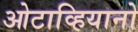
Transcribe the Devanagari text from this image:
ओटाव्हियानो